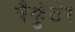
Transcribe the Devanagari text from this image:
बैकुंठेर